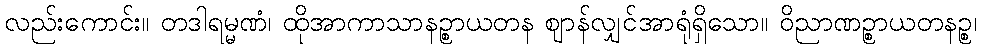
လည်းကောင်း။ တဒါရမ္မဏံ၊ ထိုအာကာသာနဉ္စာယတန ဈာန်လျှင်အာရုံရှိသော။ ဝိညာဏဉ္စာယတနဉ္စ၊